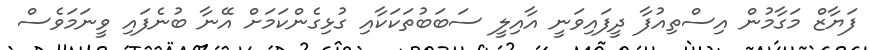
ފަޔާޒް މަގާމުން އިސްތިއުފާ ދީފައިވަނީ އާއިލީ ސަބަބުތަކަކާއި ގުޅިގެންކަމަށް އޭނާ ބުނެފައި ވީނަމަވެސް